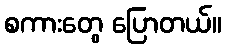
စကားတွေ ပြောတယ်။